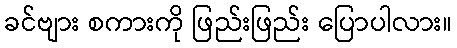
ခင်ဗျား စကားကို ဖြည်းဖြည်း ပြောပါလား။